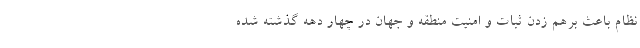
نظام باعث برهم زدن ثبات و امنیت منطقه و جهان در چهار دهه گذشته شده